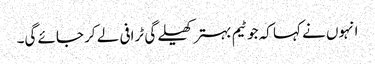
انہوں نے کہا کہ جو ٹیم بہتر کھیلے گی ٹرافی لے کر جائے گی۔